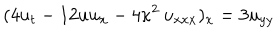
( 4 u _ { t } - 1 2 u u _ { x } - 4 \kappa ^ { 2 } \, u _ { x x x } ) _ { x } = 3 u _ { y y }